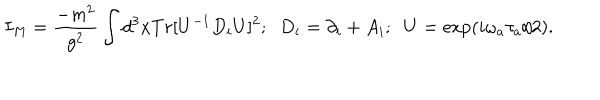
I _ { M } = \frac { - m ^ { 2 } } { g ^ { 2 } } \int d ^ { 3 } x T r [ U ^ { - 1 } D _ { i } U ] ^ { 2 } ; \; \; D _ { i } = \partial _ { i } + A _ { i } ; \; \; U = \exp ( i \omega _ { a } \tau _ { a } / 2 ) .